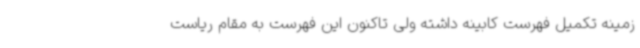
زمینه تکمیل فهرست کابینه داشته ولی تاکنون این فهرست به مقام ریاست